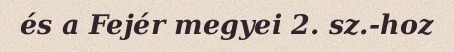
és a Fejér megyei 2. sz.-hoz